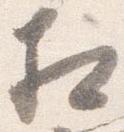
相